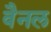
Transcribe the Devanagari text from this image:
वैनल